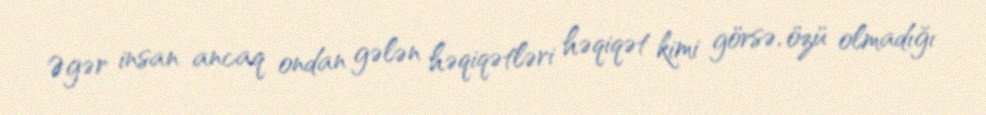
Əgər insan ancaq ondan gələn həqiqətləri həqiqət kimi görsə, özü olmadığı